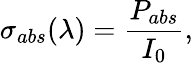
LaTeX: \sigma_{abs}(\lambda)=\frac{P_{abs}}{I_{0}},